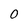
Character: 0